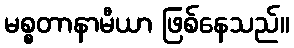
မစ္စတာနာမီယာ ဖြစ်နေသည်။